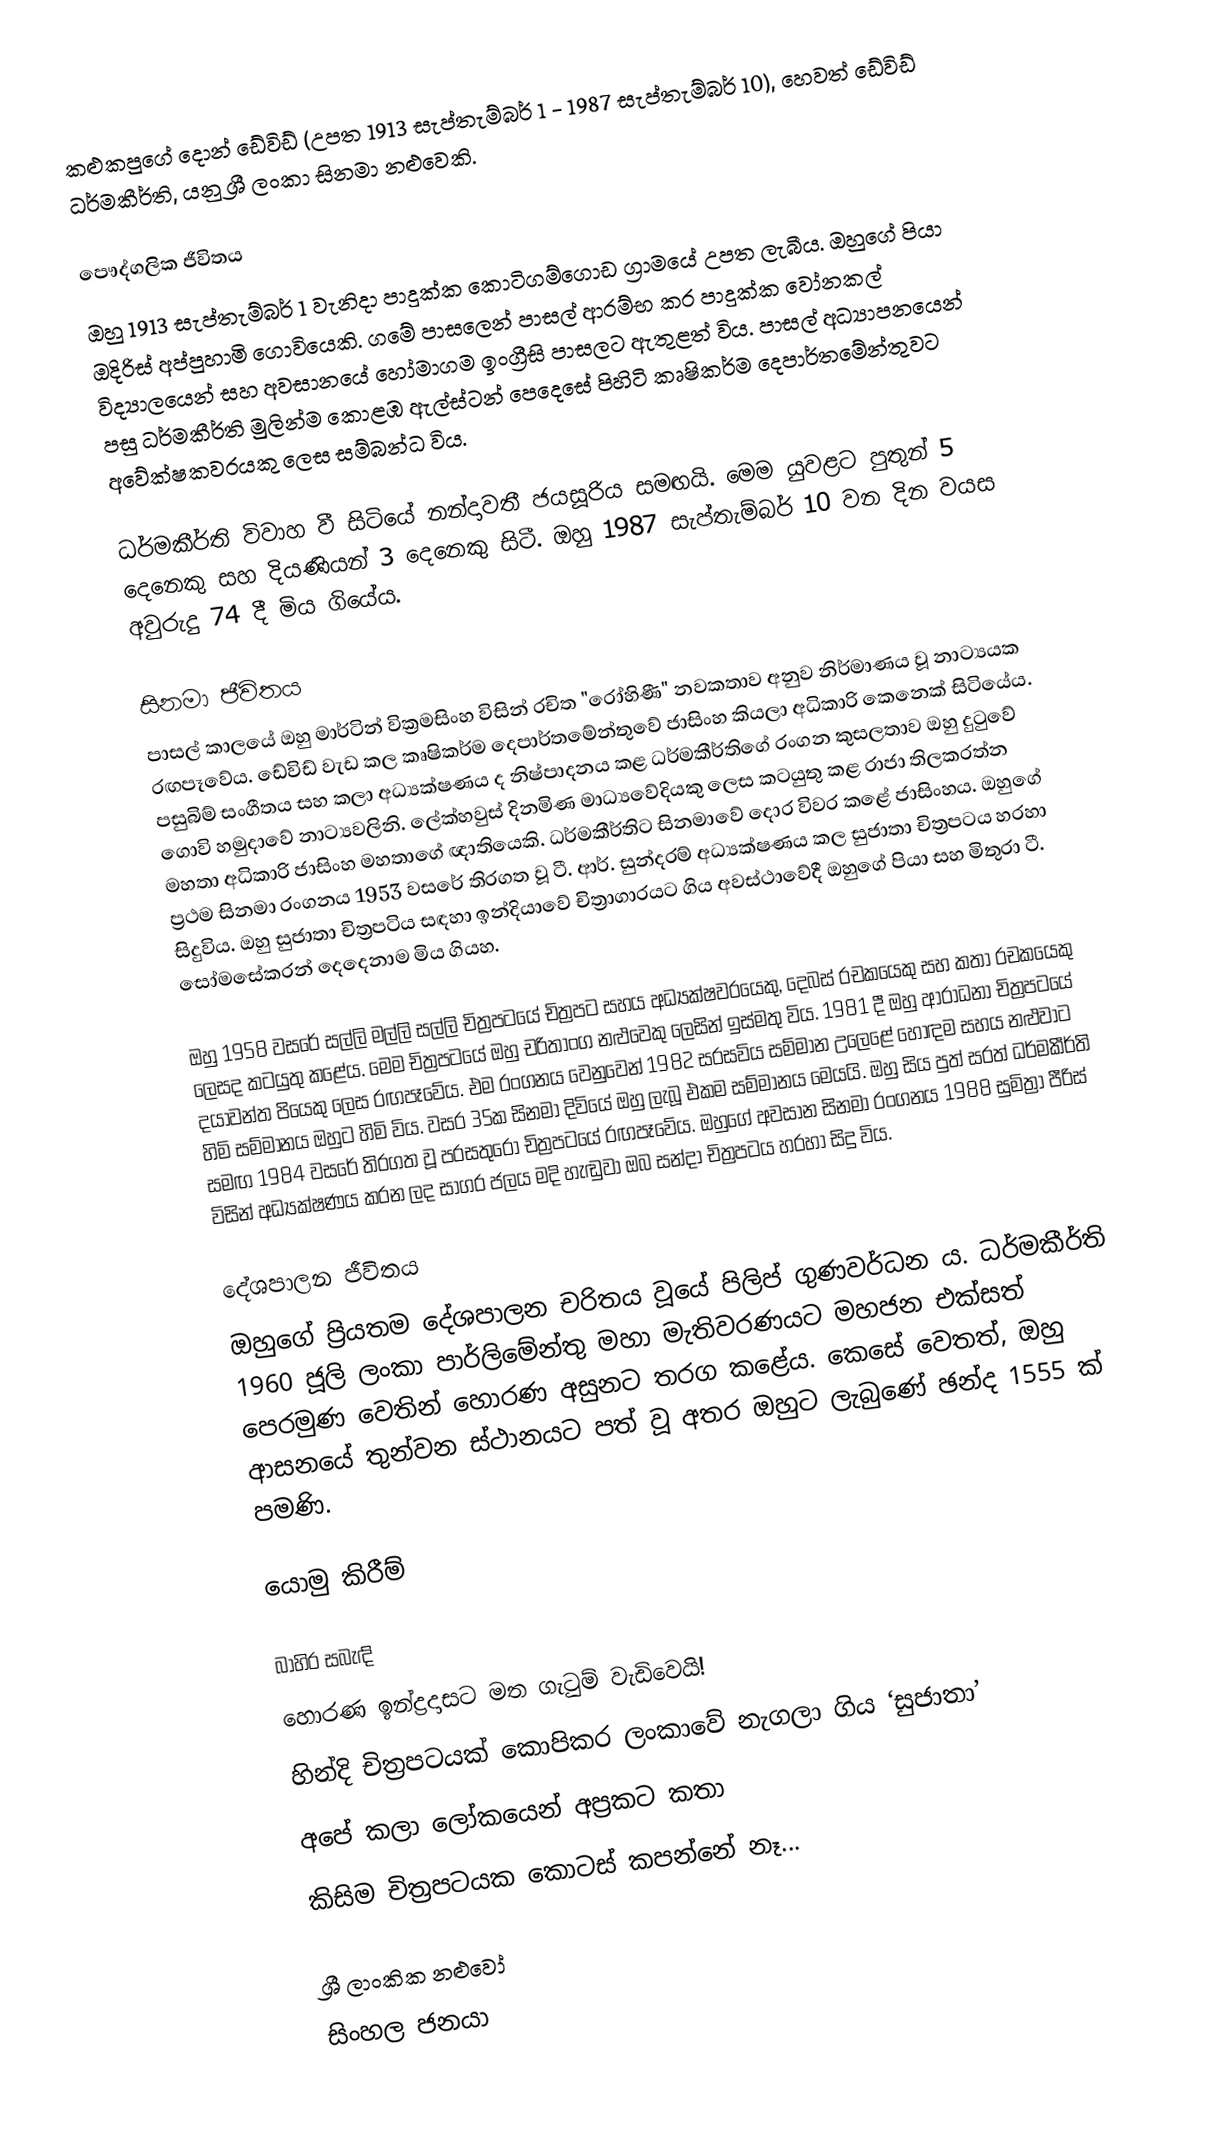
කළුකපුගේ දොන් ඩේවිඩ් (උපත 1913 සැප්තැම්බර් 1 - 1987 සැප්තැම්බර් 10), හෙවත් ඩේවිඩ් ධර්මකීර්ති, යනු ශ්‍රී ලංකා සිනමා නළුවෙකි.

පෞද්ගලික ජීවිතය
ඔහු 1913 සැප්තැම්බර් 1 වැනිදා පාදුක්ක කොටිගම්ගොඩ ග්‍රාමයේ උපත ලැබීය. ඔහුගේ පියා ඔදිරිස් අප්පුහාමි ගොවියෙකි. ගමේ පාසලෙන් පාසල් ආරම්භ කර පාදුක්ක වෝනකල් විද්‍යාලයෙන් සහ අවසානයේ හෝමාගම ඉංග්‍රීසි පාසලට ඇතුළත් විය. පාසල් අධ්‍යාපනයෙන් පසු ධර්මකීර්ති මුලින්ම කොළඹ ඇල්ස්ටන් පෙදෙසේ පිහිටි කෘෂිකර්ම දෙපාර්තමේන්තුවට අවේක්ෂකවරයකු ලෙස සම්බන්ධ විය.

ධර්මකීර්ති විවාහ වී සිටියේ නන්දාවතී ජයසූරිය සමඟයි. මෙම යුවළට පුතුන් 5 දෙනෙකු සහ දියණියන් 3 දෙනෙකු සිටී. ඔහු 1987 සැප්තැම්බර් 10 වන දින වයස අවුරුදු 74 දී මිය ගියේය.

සිනමා ජීවිතය
පාසල් කාලයේ ඔහු මාර්ටින් වික්‍රමසිංහ විසින් රචිත "රෝහිණී" නවකතාව අනුව නිර්මාණය වූ නාට්‍යයක රඟපෑවේය. ඩේවිඩ් වැඩ කල කෘෂිකර්ම දෙපාර්තමේන්තුවේ ජාසිංහ කියලා අධිකාරි කෙනෙක් සිටියේය. පසුබිම් සංගීතය සහ කලා අධ්‍යක්ෂණය ද නිෂ්පාදනය කළ ධර්මකීර්තිගේ රංගන කුසලතාව ඔහු දුටුවේ ගොවි හමුදාවේ නාට්‍යවලිනි. ලේක්හවුස් දිනමිණ මාධ්‍යවේදියකු ලෙස කටයුතු කළ රාජා තිලකරත්න මහතා අධිකාරි ජාසිංහ මහතාගේ ඥාතියෙකි. ධර්මකීර්තිට සිනමාවේ දොර විවර කළේ ජාසිංහය. ඔහුගේ ප්‍රථම සිනමා රංගනය 1953 වසරේ තිරගත වූ ටී. ආර්. සුන්දරම් අධ්‍යක්ෂණය කල සුජාතා චිත්‍රපටය හරහා සිදුවිය. ඔහු සුජාතා චිත්‍රපටිය සඳහා ඉන්දියාවේ චිත්‍රාගාරයට ගිය අවස්ථාවේදී ඔහුගේ පියා සහ මිතුරා ටී. සෝමසේකරන් දෙදෙනාම මිය ගියහ.

ඔහු 1958 වසරේ සල්ලි මල්ලි සල්ලි චිත්‍රපටයේ චිත්‍රපට සහය අධ්‍යක්ෂවරයෙකු, දෙබස් රචකයෙකු සහ කතා රචකයෙකු ලෙසද කටයුතු කළේය. මෙම චිත්‍රපටයේ ඔහු චරිතාංග නළුවෙකු ලෙසින් ඉස්මතු විය. 1981 දී ඔහු ආරාධනා චිත්‍රපටයේ දයාවන්ත පියෙකු ලෙස රඟපෑවේය. එම රංගනය වෙනුවෙන් 1982 සරසවිය සම්මාන උලෙළේ හොඳම සහය නළුවාට හිමි සම්මානය ඔහුට හිමි විය. වසර 35ක සිනමා දිවියේ ඔහු ලැබූ එකම සම්මානය මෙයයි. ඔහු සිය පුත් සරත් ධර්මකීර්ති සමඟ 1984 වසරේ තිරගත වූ පරසතුරෝ චිත්‍රපටයේ රඟපෑවේය. ඔහුගේ අවසාන සිනමා රංගනය 1988 සුමිත්‍රා පීරිස් විසින් අධ්‍යක්ෂණය කරන ලද සාගර ජලය මදි හැඬුවා ඔබ සන්දා චිත්‍රපටය හරහා සිදු විය.

දේශපාලන ජීවිතය
ඔහුගේ ප්‍රියතම දේශපාලන චරිතය වූයේ පිලිප් ගුණවර්ධන ය. ධර්මකීර්ති 1960 ජූලි ලංකා පාර්ලිමේන්තු මහා මැතිවරණයට මහජන එක්සත් පෙරමුණ වෙතින් හොරණ අසුනට තරග කළේය. කෙසේ වෙතත්, ඔහු ආසනයේ තුන්වන ස්ථානයට පත් වූ අතර ඔහුට ලැබුණේ ඡන්ද 1555 ක් පමණි.

යොමු කිරීම්

බාහිර සබැඳි
 හොරණ ඉන්ද්‍රදාසට මත ගැටුම් වැඩිවෙයි!
 හින්දි චිත්‍රපටයක් කොපිකර ලංකාවේ නැගලා ගිය ‘සුජාතා’
 අපේ කලා ලෝකයෙන් අප්‍රකට කතා
 කිසිම චිත්‍රපටයක කොටස් කපන්නේ නෑ...

ශ්‍රී ලාංකික නළුවෝ
සිංහල ජනයා